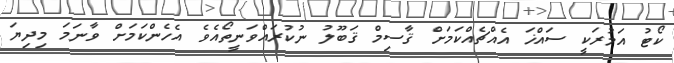
ކޯޓު އަމުރަކީ ސައްޚަ އެއްޗެއްކަމަށް ޤާސިމް ޤަބޫލު ނުކުރައްވަނީތޯއެވެ އެހެންކަމަށް ވާނަމަ މިދިޔަ